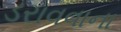
ડરાવવાના